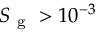
S _ { \mathrm { ~ g ~ } } > 1 0 ^ { - 3 }